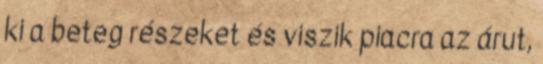
ki a beteg részeket és viszik piacra az árut,